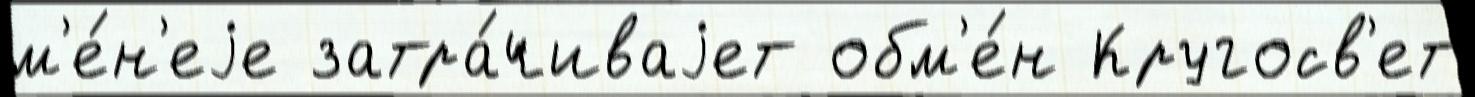
м'е́н'еjе затра́чиваjет обм'е́н Кругосв'ет